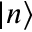
\left| n \right\rangle